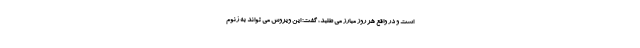
است و در واقع هر روز مبارز می طلبد، گفت: این ویروس می تواند به ژنوم